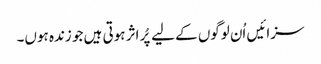
سزائیں اُن لوگوں کے لیے پُر اثر ہوتی ہیں جو زندہ ہوں۔